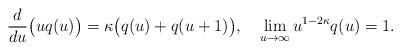
LaTeX: \begin{align*}\frac{d}{du}\bigl(uq(u)\bigr)=\kappa\bigl(q(u)+q(u+1)\bigr),\quad\lim_{u\to\infty}u^{1-2\kappa}q(u)=1.\end{align*}